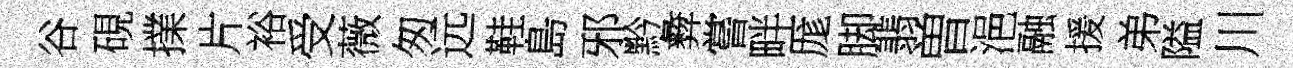
谷硯擈片裕受薇匆远鞋島邪黔彜嘗畔厖脚翡曽浥融援弟隘川